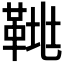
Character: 𩊲